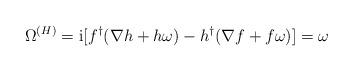
LaTeX: \begin{align*}\Omega^{(H)} = {\rm i} [ f^\dagger (\nabla h + h \omega) - h^\dagger(\nabla f + f \omega)] = \omega\end{align*}